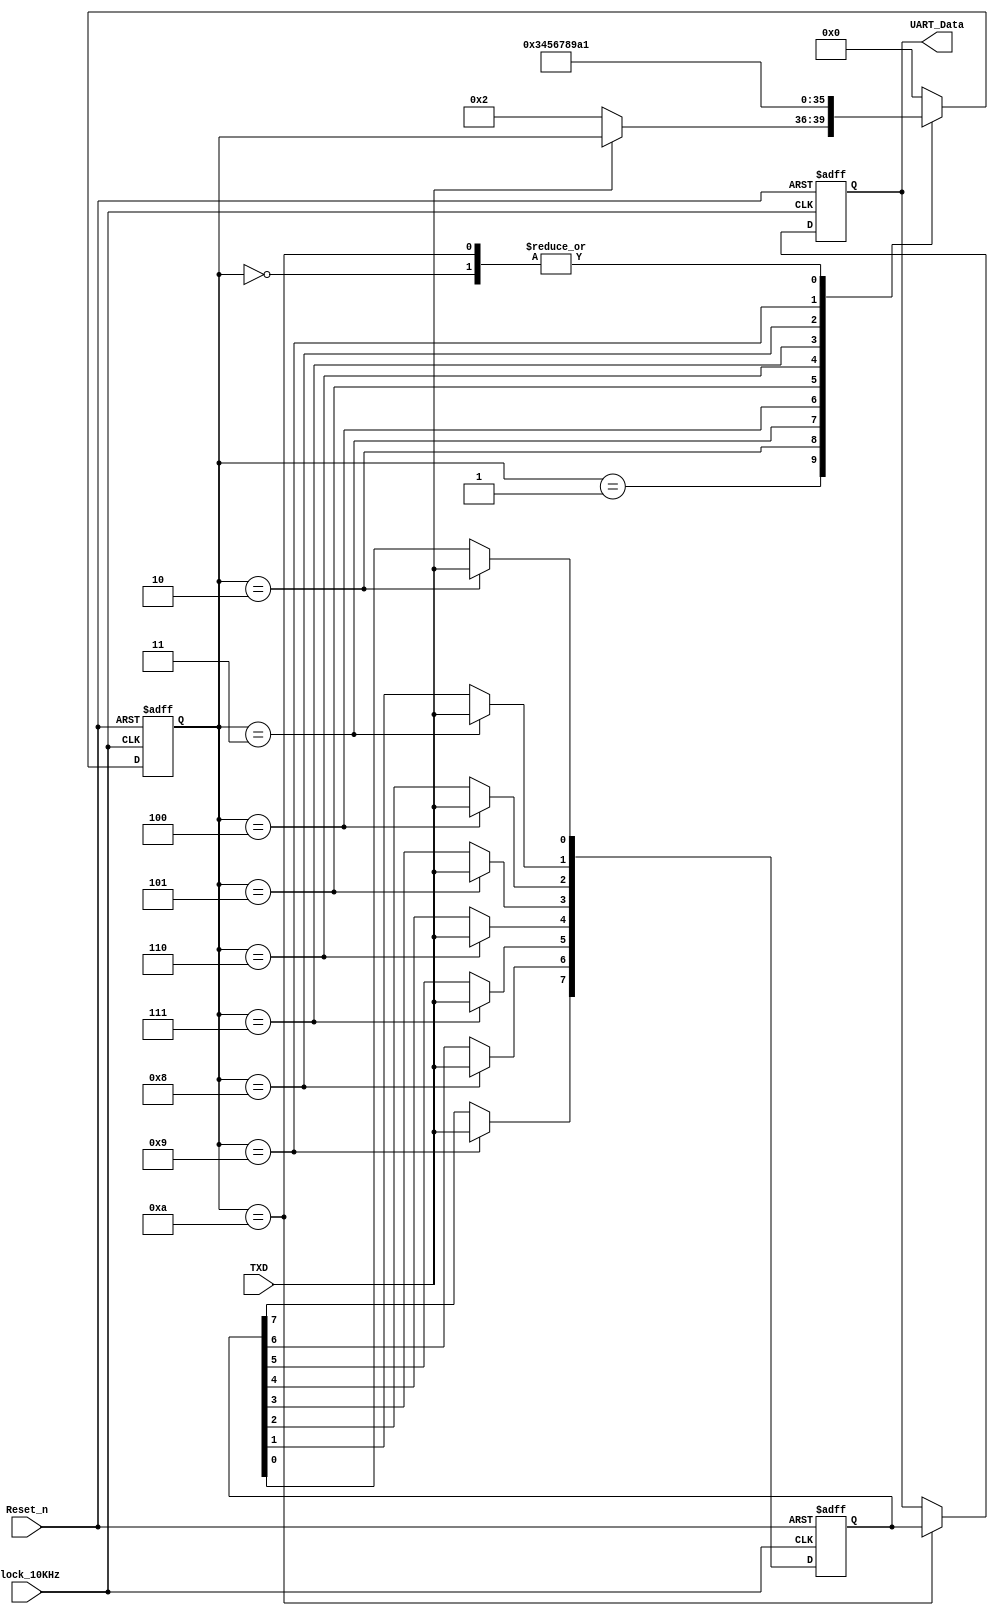
`timescale 1ns / 1ns
//////////////////////////////////////////////////////////////////////////////////
// Company:  RUAS
// 
// Design Name: 
// Module Name: Keyboard
// Project Name: 
// Target Devices: 
// Tool Versions: 
// Description: 
// 
// Dependencies: 
// 
// Revision:
// Revision 0.01 - File Created
// Additional Comments:
// 
//////////////////////////////////////////////////////////////////////////////////


module UART_Receiver(output reg [7:0] UART_Data,  
                     input TXD, clock_10KHz, Reset_n);                
                
            
 // FSM for UART Receiver    
   reg [3:0] present_state, next_state;  
 
   parameter [7:0] 
      RESET = 8'h00,   START = 8'h01,   
      DATA_0 =  8'h02, DATA_1 =  8'h03,
      DATA_2 =  8'h04, DATA_3 =  8'h05,
      DATA_4 =  8'h06, DATA_5 =  8'h07,
      DATA_6 =  8'h08, DATA_7 =  8'h09,
      STOP = 8'h0A;
                                    
                   
  // FSM registers
     always@(posedge clock_10KHz, negedge Reset_n)
       if(!Reset_n) 
          present_state <= RESET;
       else
          present_state <= next_state;
          
          
  // FSM Combinational block
     always@(present_state, TXD)
       case(present_state)
         RESET: next_state = START; 
         
         START: if(!TXD) 
                   next_state = DATA_0;                   
                else
                   next_state = present_state; 
                           
         DATA_0: next_state = DATA_1;          
         DATA_1: next_state = DATA_2;         
         DATA_2: next_state = DATA_3;         
         DATA_3: next_state = DATA_4;         
         DATA_4: next_state = DATA_5;         
         DATA_5: next_state = DATA_6;          
         DATA_6: next_state = DATA_7;         
         DATA_7: next_state = STOP; 
         
         STOP: next_state = START; 
         
         default: next_state = RESET; 
       endcase 
       
 
   //Capture Received UART data
     reg [7:0] data;
     always@(posedge clock_10KHz, negedge Reset_n)
       if(!Reset_n)
          data <= 8'h00;
       else 
         case(present_state)
           DATA_0: data[0] <= TXD; 
           DATA_1: data[1] <= TXD;     
           DATA_2: data[2] <= TXD; 
           DATA_3: data[3] <= TXD;  
           DATA_4: data[4] <= TXD; 
           DATA_5: data[5] <= TXD;  
           DATA_6: data[6] <= TXD; 
           DATA_7: data[7] <= TXD;
         endcase  
          
          
 // Assign output only in STOP state      
    always@(negedge clock_10KHz, negedge Reset_n)
      if(!Reset_n)
         UART_Data <= 8'h00;
      else if(present_state == STOP) 
         UART_Data <= data;                                  

endmodule